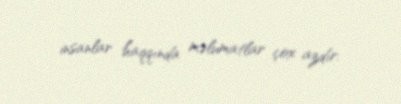
insanlar haqqında məlumatlar çox azdır.